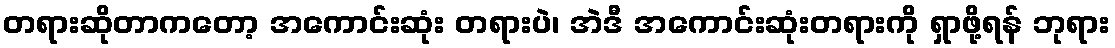
တရားဆိုတာကတော့ အကောင်းဆုံး တရားပဲ၊ အဲဒီ အကောင်းဆုံးတရားကို ရှာဖို့ရန် ဘုရား